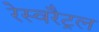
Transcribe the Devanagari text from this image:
रेस्वरैट्रल